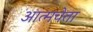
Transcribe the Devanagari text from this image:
आत्मचेता